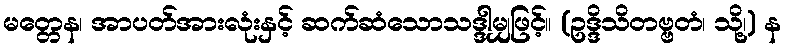
မတ္တေန၊ အာပတ်အားလုံးနှင့် ဆက်ဆံသောသဒ္ဒါမျှဖြင့်။ (ဥဒ္ဒိသိတဗ္ဗတံ၊ သို့၊) န